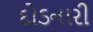
દોડનારી